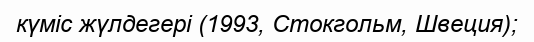
күміс жүлдегері (1993, Стокгольм, Швеция);